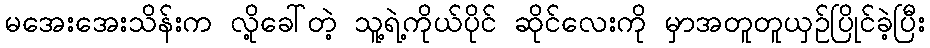
မအေးအေးသိန်းက လို့ခေါ်တဲ့ သူ့ရဲ့ကိုယ်ပိုင် ဆိုင်လေးကို မှာအတူတူယှဉ်ပြိုင်ခဲ့ပြီး